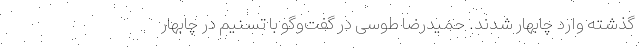
گذشته وارد چابهار شدند. حمیدرضا طوسی در گفت‌وگو با تسنیم در‌ چابهار‌